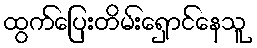
ထွက်ပြေးတိမ်းရှောင်နေသူ